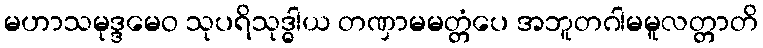
မဟာသမုဒ္ဒမေဝ သုပရိသုဒ္ဓါယ တဏှာမမတ္တံပေ အဘူတဂါမမူလတ္တာတိ